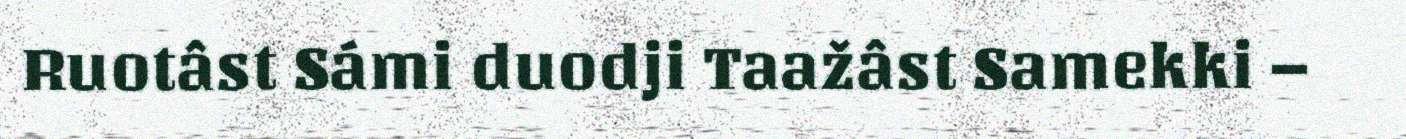
Ruotâst Sámi duodji Taažâst Samekki –